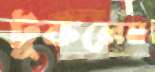
টুকলেম